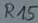
Text: R15